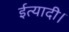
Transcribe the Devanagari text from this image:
ईत्यादी।